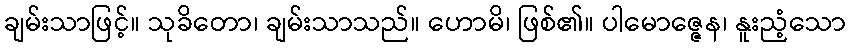
ချမ်းသာဖြင့်။ သုခိတော၊ ချမ်းသာသည်။ ဟောမိ၊ ဖြစ်၏။ ပါမောဇ္ဇေန၊ နူးညံ့သော